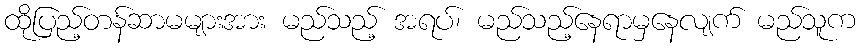
ထိုပြည့်တန်ဆာမများအား မည်သည့် အရပ်၊ မည်သည့်နေရာမှနေလျက် မည်သူက